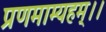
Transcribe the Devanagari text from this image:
प्रणमाम्यहम्।।